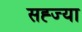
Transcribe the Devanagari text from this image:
सह्ज्या